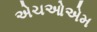
એચઓએમ